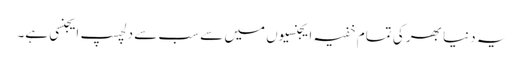
یہ دنیا بھر کی تمام خفیہ ایجنسیوں میں سے سب سے دلچسپ ایجنسی ہے۔